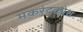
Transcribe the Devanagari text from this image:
मकरंदकोश